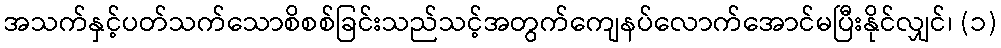
အသက်နှင့်ပတ်သက်သောစိစစ်ခြင်းသည်သင့်အတွက်ကျေနပ်လောက်အောင်မပြီးနိုင်လျှင်၊ (၁)